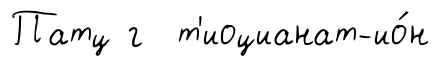
Патц г т'иоцианат-ио́н